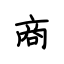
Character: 商